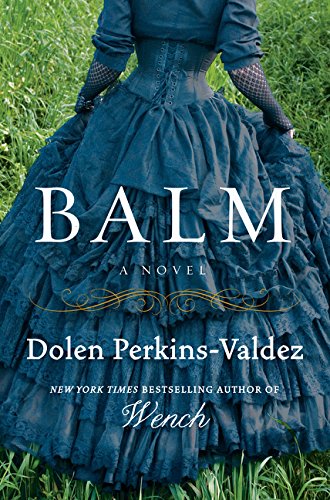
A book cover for Balm: A Novel; Dolen Perkins-Valdez; Literature & Fiction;